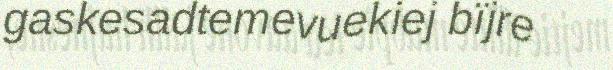
gaskesadtemevuekiej bïjre